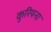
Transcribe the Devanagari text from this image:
कुरियना